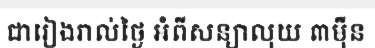
ជារៀងរាល់ថ្ងៃ អំពីសន្យាលុយ ៣ម៉ឺន